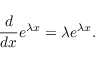
{ \frac { d } { d x } } e ^ { \lambda x } = \lambda e ^ { \lambda x } .